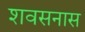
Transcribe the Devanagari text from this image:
शवसनास